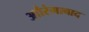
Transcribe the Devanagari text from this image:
आौरंगाबाद